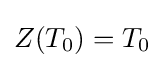
Z(T_{0})=T_{0}